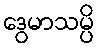
ဒွေမာသမ္ပိ